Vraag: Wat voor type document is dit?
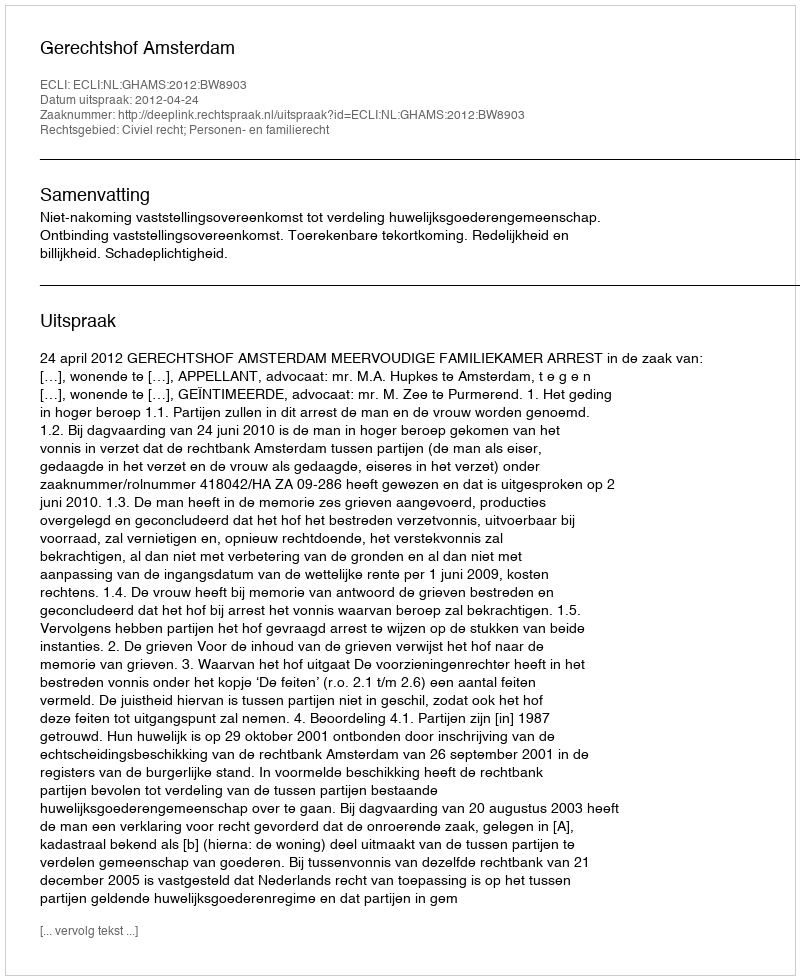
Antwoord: Uitspraak